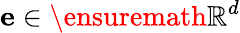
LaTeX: {\mathbf{e}}\in\ensuremath{\mathbb{R}^{d}}